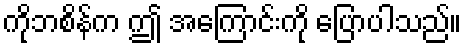
ကိုဘစိန်က ဤ အကြောင်းကို ပြောပါသည်။